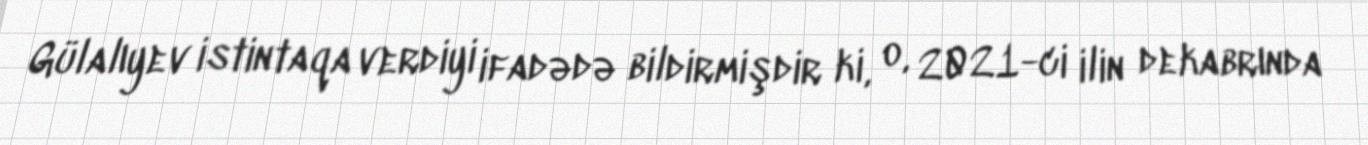
Gülalıyev istintaqa verdiyi ifadədə bildirmişdir ki, o, 2021-ci ilin dekabrında